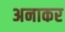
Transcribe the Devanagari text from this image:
अनाकर